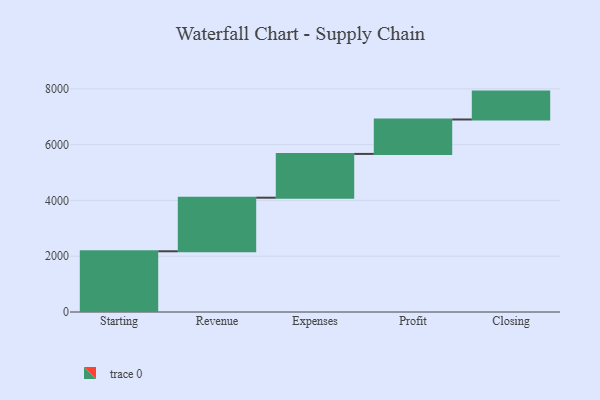
{"axis": {"x": "Step", "y": "Value"}, "legend": [""], "data": [{"x": "Starting", "y": 2177.0, "type": ""}, {"x": "Revenue", "y": 1921.0, "type": ""}, {"x": "Expenses", "y": 1570.0, "type": ""}, {"x": "Profit", "y": 1234.0, "type": ""}, {"x": "Closing", "y": 1000, "type": ""}]}